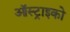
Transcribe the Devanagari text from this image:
ऑस्ट्राइको